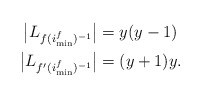
\begin{align*}\big|L_{f(i_{\min}^f)^{-1}}\big| & = y(y-1) \\\big|L_{f'(i_{\min}^f)^{-1}}\big| & = (y+1)y.\end{align*}